Annual administration report of the Civil Veterinary Department, Ajmere-Merwara, British Rajputana - 1914-1940
Year: 1914
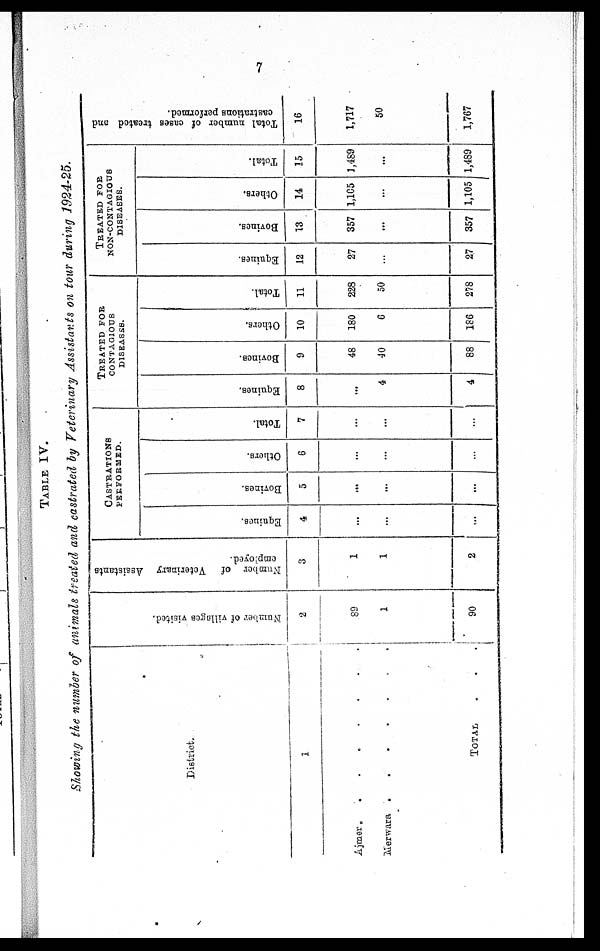
7
TABLE IV.
Showing the number of animals treated and castrated by Veterinary Assistants on tour during 1924-25.
District.
1
Ajmer . . . . . . . . . .
Merwara .
.
.
.
.
.
. . . .
TOTAL . . .
Number
of villages visited.
2
89
1
90
Number of Veterinary Assistants
employed.
3
1
1
2
CASTRATIONS
PERFORMED.
Equines.
4
...
...
...
Bovines.
5
...
...
...
Others.
6
...
...
...
Total.
7
...
...
...
TREATED
FOR
CONTAGIOUS
DISEASES.
Equines.
8
...
4
4
Bovines.
9
48
40
88
Others.
10
180
6
186
Total.
11
228
50
278
TREATED
FOR
NON-CONTAGIOUS
DISEASES.
Equines.
12
27
...
27
Bovines.
13
357
...
357
Others.
14
1,105
...
1,105
Total.
15
1,489
...
1,489
Total number of cases treated and
castrations performed.
16
1,717
50
1,767